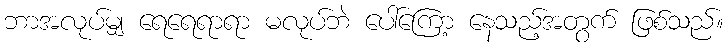
ဘာအလုပ်မျှ ရေရေရာရာ မလုပ်ဘဲ ပေါ်ကြော့ နေသည့်အတွက် ဖြစ်သည်။